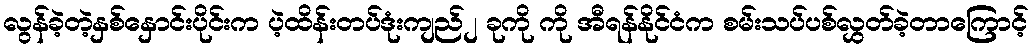
လွန်ခဲ့တဲ့နှစ်နှောင်းပိုင်းက ပဲ့ထိန်းတပ်ဒုံးကျည်၂ ခုကို ကို အီရန်နိုင်ငံက စမ်းသပ်ပစ်လွှတ်ခဲ့တာကြောင့်